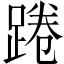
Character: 踡